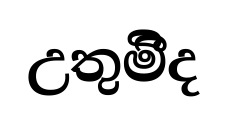
උතුමිීද